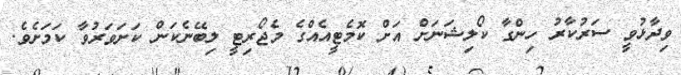
ވިދާޅުވީ ސަރުކާރު ހިންގާ ކޯލިޝަނަށް އަށް ކޮމެޓީއެއްގެ މެޖޯރިޓީ ލިބޭނެކަން ކަށަވަރުވާ ކަމަށެވެ.